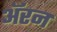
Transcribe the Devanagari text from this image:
अॅरन